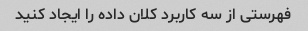
فهرستی از سه کاربرد کلان داده را ایجاد کنید